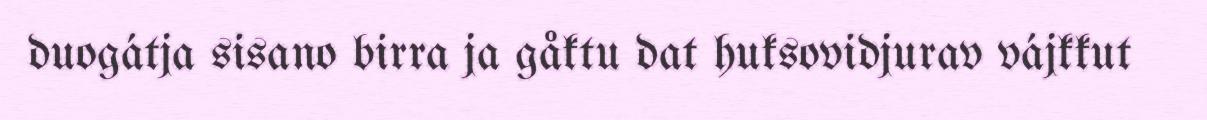
duogátja sisano birra ja gåktu dat huksovidjurav vájkkut